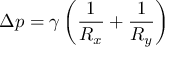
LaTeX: \Delta p = \gamma \left( { \frac { 1 } { R _ { x } } } + { \frac { 1 } { R _ { y } } } \right)